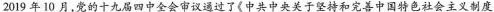
2019年10月，党的十九届四中全会审议通过了《中共中央关于坚持和完善中国特色社会主义制度